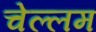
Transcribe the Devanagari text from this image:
चेल्लम